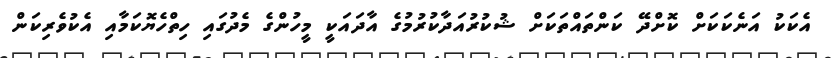
އެކަކު އަނެކަކަށް ކޮށްދޭ ކަންތައްތަކަށް ޝުކުރުއަދާކުރުމުގެ އާދައަކީ މީހުންގެ މެދުގައި ހިތްހެޔޮކަމާއި އެކުވެރިކަން